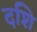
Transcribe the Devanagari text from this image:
दशि